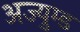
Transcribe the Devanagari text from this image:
अज्युम्ड